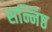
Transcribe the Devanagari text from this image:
सन्निष्ठ